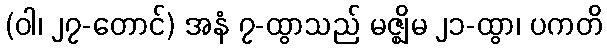
(ဝါ၊ ၂၇-တောင်) အနံ ၇-ထွာသည် မဇ္ဈိမ ၂၁-ထွာ၊ ပကတိ